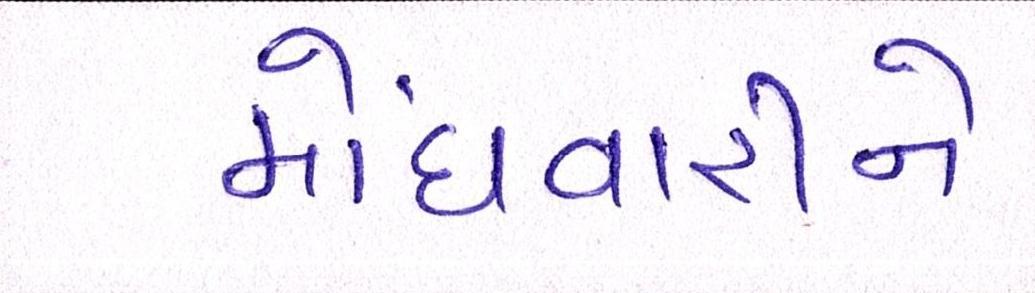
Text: મોંઘવારીને